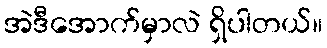
အဲဒီအောက်မှာလဲ ရှိပါတယ်။